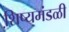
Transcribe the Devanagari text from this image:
शि़ष्यमंडळी